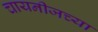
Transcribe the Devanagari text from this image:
चायनीजच्या